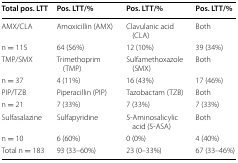
<table><thead><tr><td><b>Total pos. LTT</b></td><td><b>Pos. LTT/%</b></td><td><b>Pos. LTT/%</b></td><td><b>Pos. LTT/%</b></td></tr></thead><tbody><tr><td>AMX/CLA</td><td>Amoxicillin (AMX)</td><td>Clavulanic acid (CLA)</td><td>Both</td></tr><tr><td>n = 115</td><td>64 (56%)</td><td>12 (10%)</td><td>39 (34%)</td></tr><tr><td>TMP/SMX</td><td>Trimethoprim (TMP)</td><td>Sulfamethoxazole (SMX)</td><td>Both</td></tr><tr><td>n = 37</td><td>4 (11%)</td><td>16 (43%)</td><td>17 (46%)</td></tr><tr><td>PIP/TZB</td><td>Piperacillin (PIP)</td><td>Tazobactam (TZB)</td><td>Both</td></tr><tr><td>n = 21</td><td>7 (33%)</td><td>7 (33%)</td><td>7 (33%)</td></tr><tr><td>Sulfasalazine</td><td>Sulfapyridine</td><td>5-Aminosalicylic acid (5-ASA)</td><td>Both</td></tr><tr><td>n = 10</td><td>6 (60%)</td><td>0 (0%)</td><td>4 (40%)</td></tr><tr><td>Total n = 183</td><td>93 (33–60%)</td><td>23 (0–33%)</td><td>67 (33–46%)</td></tr></tbody></table>